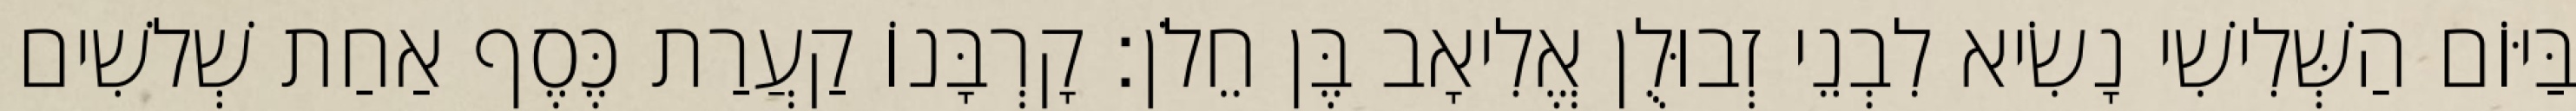
בַּיּוֹם הַשְּׁלִישִׁי נָשִׂיא לִבְנֵי זְבוּלֻן אֱלִיאָב בֶּן חֵלֹן׃ קָרְבָּנוֹ קַעֲרַת כֶּסֶף אַחַת שְׁלשִׁים